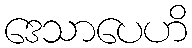
ဒေသာပေဟိ